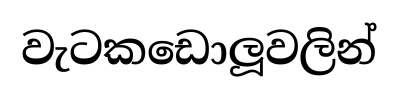
වැටකඩොලූවලින්